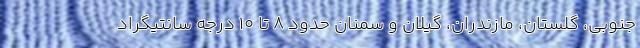
جنوبی، گلستان، مازندران، گیلان و سمنان حدود ۸ تا ۱۰ درجه سانتیگراد